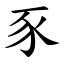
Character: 豕